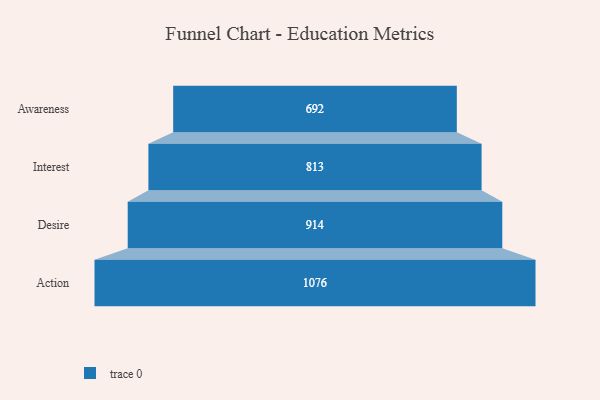
{"axis": {"x": "Stage", "y": "Value"}, "legend": [""], "data": [{"x": "Awareness", "y": 692.0, "type": ""}, {"x": "Interest", "y": 813.0, "type": ""}, {"x": "Desire", "y": 914.0, "type": ""}, {"x": "Action", "y": 1076.0, "type": ""}]}